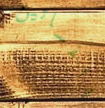
الفساتين